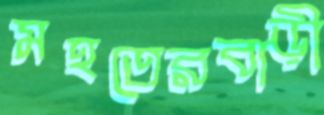
মহতেরবাড়ী